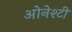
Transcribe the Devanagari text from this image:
ओनेश्टी